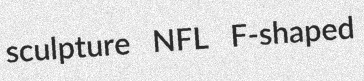
sculpture NFL F-shaped